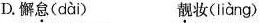
D.懈\underset{·}{怠}( dài ) \underset{·}{靓}妆( liàng )